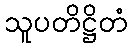
သူပတိဋ္ဌိတံ